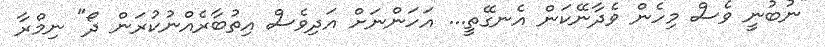
"ނުބުނީ ވެސް މިހެން ވެދާނޭކަން އެނގޭތީ... އަހަންނަށް އަދިވެސް އިތުބާރެއްނުކުރަން ދޯ" ނިމްރާ